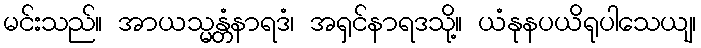
မင်းသည်။ အာယသ္မန္တံနာရဒံ၊ အရှင်နာရဒသို့။ ယံနုနပယိရုပါသေယျ၊